Report on the cultivation and use of ganja
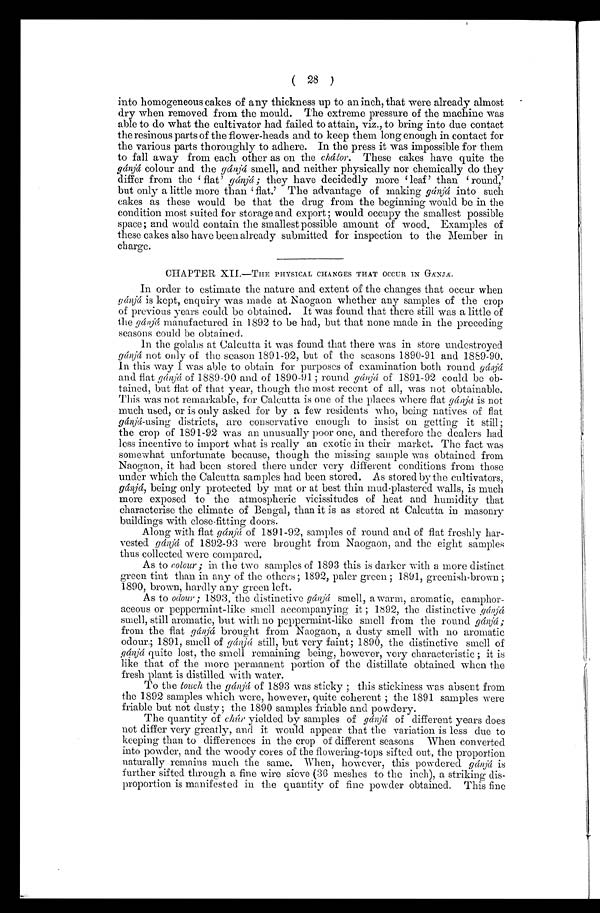
( 28 )
into homogeneous cakes of any thickness up to an inch, that were already almost
dry when removed from the mould. The extreme pressure of the machine was
able to do what the cultivator had failed to attain, viz., to bring into due contact
the resinous parts of the flower-heads and to keep them long enough in contact for
the various parts thoroughly to adhere. In the press it was impossible for them
to fall away from each other as on the chátor. These cakes have quite the
gánjá colour and the gánjá smell, and neither physically nor chemically do they
differ from the 'flat' gánjá ; they have decidedly more 'leaf' than round,'
but only a little more than 'flat.' The advantage of making gánjá into such
cakes as these would be that the drug from the beginning would be in the
condition most suited for storage and export ; would occupy the smallest possible
space; and would contain the smallest possible amount of wood. Examples of
these cakes also have been already submitted for inspection to the Member in
charge.
CHAPTER XII.—THE PHYSICAL CHANGES THAT OCCUR 1N GÁNJÁ.
In order to estimate the nature and extent of the changes that occur when
gánjá is kept, enquiry was made at Naogaon whether any samples of the crop
of previous years could. be obtained, It was found that there still was a little of
the gánjá manufactured in 1892 to be had, but that none made in the preceding
seasons could be obtained.
In the golahs at Calcutta it was found that there was in store undestroyed
gánjá not only of the season 1891-92, but of the seasons 1890-91 and 1889-90.
In this way I was able to obtain for purposes of examination both round g á n j á
and flat gánjá of 1889-90 and of 1890-91 ; round gánjá of 1891-92 could be ob-
tained, but flat of that year, though the most recent of all, was not obtainable.
This was not remarkable, for Calcutta is one of the places where flat gánjá is not
much used, or is only asked for by a few residents who, being natives of flat
gánjá-using districts, are conservative enough to insist on getting it still;
the crop of 1891-92 was an unusually poor one, and therefore the dealers had
less incentive to import what is really an exotic in their market. The fact was
somewhat unfortunate because, though the missing sample was obtained from
Naogaon, it had been stored there under very different conditions from those
under which the Calcutta samples had been stored. As stored by the cultivators,
gánjá, being only protected by mat or at best thin mud-plastered walls, is much
more exposed to the atmospheric vicissitudes of heat and humidity that
characterise the climate of Bengal, than it is as stored at Calcutta in masonry
buildings with close-fitting doors.
Along with flat gánjá of 1891-92, samples of round and of flat freshly har-
vested gánjá of 1892-93 were brought from Naogaon, and the eight samples
thus collected were compared.
As to colour ; in the two samples of 1893 this is darker with a more distinct
green tint than in any of the others; 1892, paler green ; 1891, greenish-brown ;
1890, brown, hardly any green left.
As to odour ; 1893, the distinctive gánjá smell, a warm, aromatic, camphor-
aceous or peppermint-like smell accompanying it ; 1892, the distinctive g á n j á
smell, still aromatic, but with no peppermint-like smell from the round gánjá ;
from the flat gánjá brought from Naogaon, a dusty smell with no aromatic
odour.; 1891, smell of gánjá still, but very faint; 1890, the distinctive smell of
gánjá quite lost, the smell remaining being, however, very characteristic ; it is
like that of the more permanent portion of the distillate obtained when the
fresh plant is distilled with water.
To the touch the gánjá of 1893 was sticky ; this stickiness was absent from
the 1892 samples which were, however, quite coherent ; the 1891 samples were
friable but not dusty ; the 1890 samples friable and powdery.
The quantity of chúr yielded by samples of gánjá of different years does
not differ very greatly, and it would appear that the variation is less due to
keeping than to differences in the crop of different seasons When converted
into powder, and the woody cores of the flowering-tops sifted out, the proportion
naturally remains much the same. When, however, this powdered gánjá is
further sifted through a fine wire sieve (36 meshes to the inch), a striking dis-
proportion is manifested in the quantity of fine powder obtained. This fine